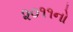
૨૦૧૧નો